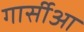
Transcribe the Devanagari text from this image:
गार्सीआ